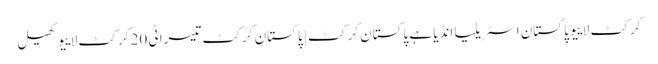
کرکٹ لاییو پاکستان اسٹریلیا انڈیا ہے پاکستان کرکٹ | پاکستان کرکٹ تیسرا ٹی 20 کرکٹ لاییو کھیل